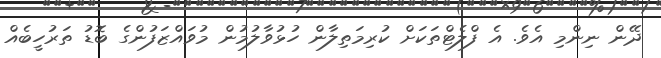
ދޭން ނިންމި އެވެ. އެ ފްލެޓްތަކަށް ކުރިމަތިލާން ހުޅުވާލުމުން މުވައްޒަފުންގެ ބޮޑު ތަރުހީބެއް